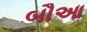
બૌઆ